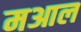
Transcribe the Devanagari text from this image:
मआल